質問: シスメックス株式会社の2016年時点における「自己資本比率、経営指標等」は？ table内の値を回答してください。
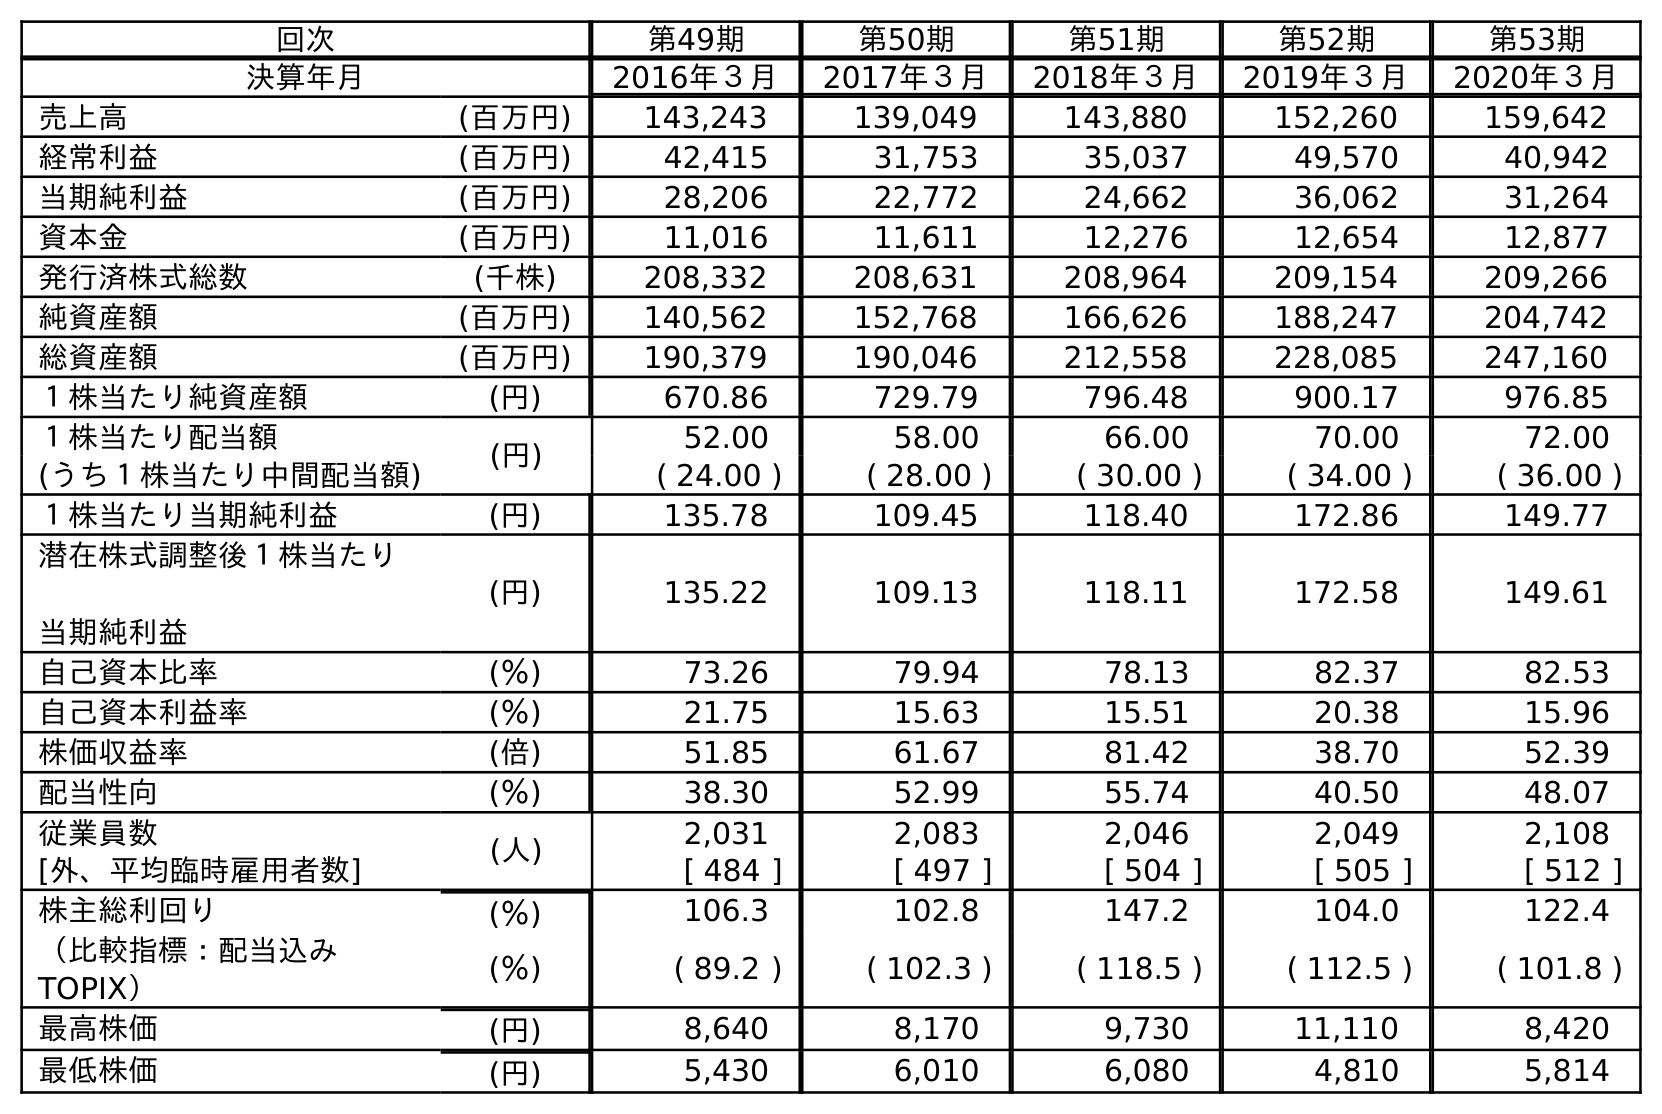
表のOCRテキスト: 回次 第49期 第50期 第51期 第52期 第53期 決算年月 2016年３月 2017年３月 2018年３月 2019年３月 2020年３月 売上高 (百万円) 143,243 139,049 143,880 152,260 159,642 経常利益 (百万円) 42,415 31,753 35,037 49,570 40,942 当期純利益 (百万円) 28,206 22,772 24,662 36,062 31,264 資本金 (百万円) 11,016 11,611 12,276 12,654 12,877 発行済株式総数 (千株) 208,332 208,631 208,964 209,154 209,266 純資産額 (百万円) 140,562 152,768 166,626 188,247 204,742 総資産額 (百万円) 190,379 190,046 212,558 228,085 247,160 １株当たり純資産額 (円) 670.86 729.79 796.48 900.17 976.85 １株当たり配当額 (円) 52.00 58.00 66.00 70.00 72.00 (うち１株当たり中間配当額) ( 24.00 ) ( 28.00 ) ( 30.00 ) ( 34.00 ) ( 36.00 ) １株当たり当期純利益 (円) 135.78 109.45 118.40 172.86 149.77 潜在株式調整後１株当たり 当期純利益 (円) 135.22 109.13 118.11 172.58 149.61 自己資本比率 (％) 73.26 79.94 78.13 82.37 82.53 自己資本利益率 (％) 21.75 15.63 15.51 20.38 15.96 株価収益率 (倍) 51.85 61.67 81.42 38.70 52.39 配当性向 (％) 38.30 52.99 55.74 40.50 48.07 従業員数 (人) 2,031 2,083 2,046 2,049 2,108 [外、平均臨時雇用者数] [ 484 ] [ 497 ] [ 504 ] [ 505 ] [ 512 ] 株主総利回り (％) 106.3 102.8 147.2 104.0 122.4 （比較指標：配当込み TOPIX） (％) ( 89.2 ) ( 102.3 ) ( 118.5 ) ( 112.5 ) ( 101.8 ) 最高株価 (円) 8,640 8,170 9,730 11,110 8,420 最低株価 (円) 5,430 6,010 6,080 4,810 5,814
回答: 73.26